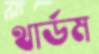
থার্ডম